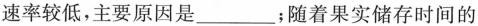
速率较低，主要原因是___；随着果实储存时间的